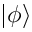
\vert \phi \rangle